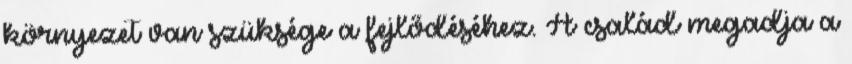
környezet van szüksége a fejlődéséhez. A család megadja a